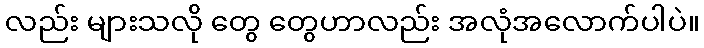
လည်း များသလို တွေ တွေဟာလည်း အလုံအလောက်ပါပဲ။